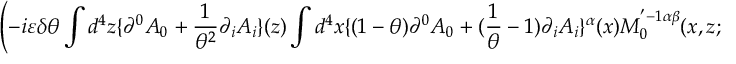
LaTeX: \left( - i \varepsilon \delta \theta \int d ^ { 4 } z \{ \partial ^ { 0 } A _ { 0 } + \frac { 1 } { \theta ^ { 2 } } \partial _ { i } A _ { i } \} ( z ) \int d ^ { 4 } x \{ ( 1 - \theta ) \partial ^ { 0 } A _ { 0 } + ( \frac { 1 } { \theta } - 1 ) \partial _ { i } A _ { i } \} ^ { \alpha } ( x ) M _ { 0 } ^ { ' - 1 \alpha \beta } ( x , z ; \alpha _ { 0 } ) \right)